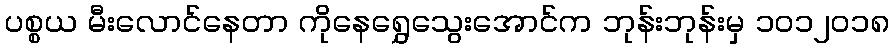
ပစ္စယ မီးလောင်နေတာ ကိုနေရွှေသွေးအောင်က ဘုန်းဘုန်းမှ ၁၀၁၂၀၁၈